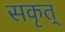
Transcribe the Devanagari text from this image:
सकृत्